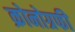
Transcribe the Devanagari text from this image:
क्रोनोग्रफी